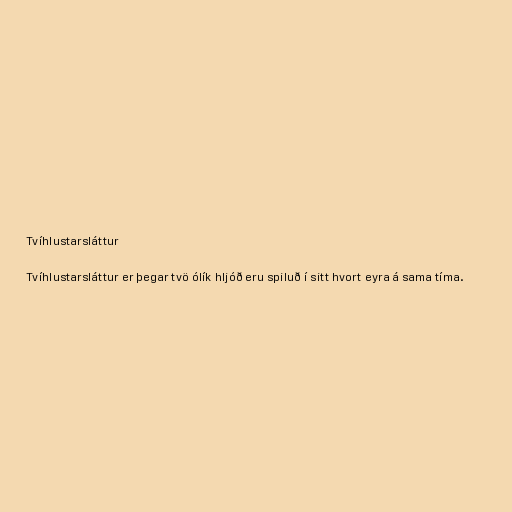
Tvíhlustarsláttur

Tvíhlustarsláttur er þegar tvö ólík hljóð eru spiluð í sitt hvort eyra á sama tíma.